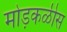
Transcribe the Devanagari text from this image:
मोड़कळीस